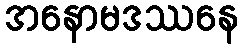
အနောမဒဿနေ